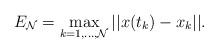
LaTeX: \begin{align*}E_\mathcal{N}=\max_{k=1,\ldots,\mathcal{N}}||x(t_k)-x_k||.\end{align*}